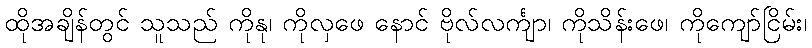
ထိုအချိန်တွင် သူသည် ကိုနု၊ ကိုလှဖေ နောင် ဗိုလ်လင်္ကျာ၊ ကိုသိန်းဖေ၊ ကိုကျော်ငြိမ်း၊